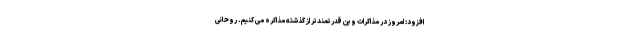
افزود: امروز در مذاکرات وین قدرتمندتر از گذشته مذاکره می کنیم. روحانی